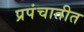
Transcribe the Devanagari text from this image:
प्रपंचातीत